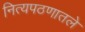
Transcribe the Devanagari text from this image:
नित्यपठणातले